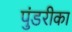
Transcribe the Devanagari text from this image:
पुंडरीका